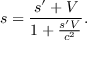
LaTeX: s = { \frac { s ^ { \prime } + V } { 1 + { \frac { s ^ { \prime } V } { c ^ { 2 } } } } } .